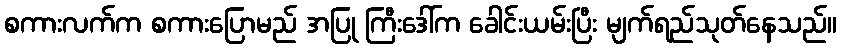
စကားလက်က စကားပြောမည် အပြု ကြီးဒေါ်က ခေါင်းယမ်းပြီး မျက်ရည်သုတ်နေသည်။